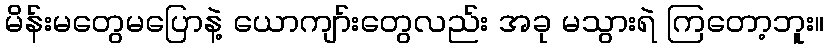
မိန်းမတွေမပြောနဲ့ ယောကျာ်းတွေလည်း အခု မသွားရဲ ကြတော့ဘူး။